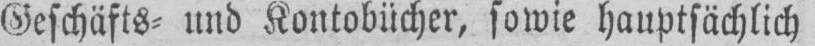
Geschäfts⸗ und Kontobücher, sowie hauptsächlich